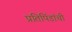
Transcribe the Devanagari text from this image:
प्रतिपिंडांची